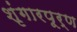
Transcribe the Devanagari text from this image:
शृंगारपूर्ण